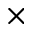
\times